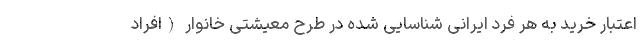
اعتبار خرید به هر فرد ایرانی شناسایی شده در طرح معیشتی خانوار (افراد